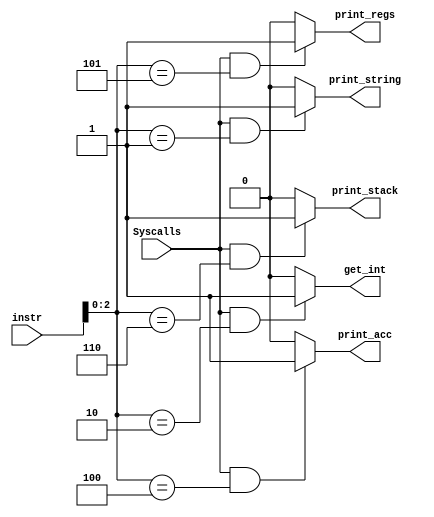
module syscalls (input [15:0] instr, input Syscalls, output print_acc, output print_regs, output get_int, output print_string, output print_stack);

  //takes in the instruction and Syscall assert or deasset and outputs all the specific syscall control lines

  reg print_acc; //print int in accumulator
  reg get_int;   //put an int from .data section of memory into the acc       
  reg print_regs;  //prints out all the registers (addressable and non-addressable)     
  reg print_string;  //print a string from the .data section of memory
  reg print_stack;   //prints out the stack from the top until encounter an unknown x, with exception that the top (0xFF)
                      //of the stack can be unknown x

  always @ (*) begin
    if (Syscalls==1 && instr [2:0]==3'b010)   // jrra 010
      get_int=1;
    else 
      get_int=0;
    end

  always @ (*) begin
    if (Syscalls==1 && instr [2:0]==3'b100)  //jrra 100
      print_acc = 1;
    else 
      print_acc = 0;
    end

  always @ (*) begin
    if (Syscalls==1 && instr [2:0]==3'b101)  //jrra 101
      print_regs =1;
    else 
      print_regs =0;
    end

  always @ (*) begin
    if (Syscalls==1 && instr [2:0]==3'b001)  //jrra 001
      print_string =1;
    else 
      print_string =0;
    end

  always @ (*) begin
    if (Syscalls==1 && instr [2:0]==3'b110)  //jrra 110
      print_stack =1;
    else 
      print_stack =0;
    end

endmodule